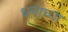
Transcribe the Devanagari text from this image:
धनाच्या